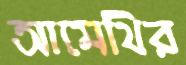
আমেথির